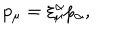
LaTeX: p _ { \mu } = \xi _ { \mu } ^ { \alpha } p _ { \alpha } ,